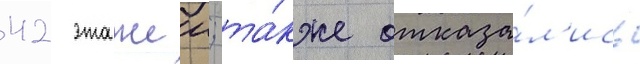
42 этажеи; та́кже отказа́л'ись